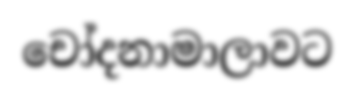
චෝදනාමාලාවට